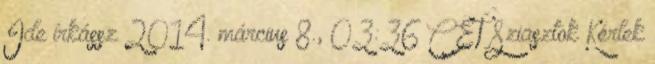
Ide írkássz 2014. március 8., 03:36 CET Sziasztok Kérlek